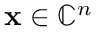
\mathbf { x } \in \mathbb { C } ^ { n }